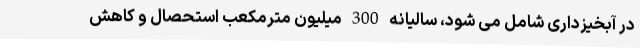
در آبخیزداری شامل می شود، سالیانه 300 میلیون مترمکعب استحصال و کاهش